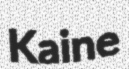
Kaine